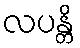
လပန္တိ